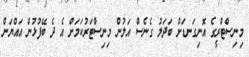
މިނިސްޓްރީގެ އޮނިގަނޑަށް ބަދަލު ގެނެސް އަލުން މިނިސްޓަރުކަމަށް އެ ދެ ބޭފުޅުން އައްޔަން